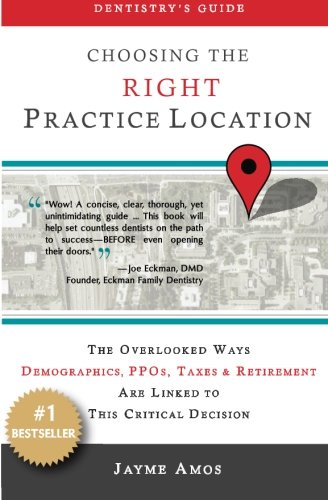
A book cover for Dentistry's Guide: Choosing the Right Practice Location: The Overlooked Ways Demographics, PPOs, Taxes & Retirement Are Linked to Success in Your New Facility; Jayme Amos; Medical Books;